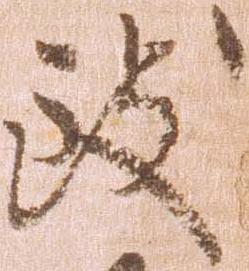
致